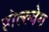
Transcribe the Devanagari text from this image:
होल्ल्वेग